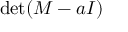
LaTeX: \operatorname* { d e t } ( M - a I )